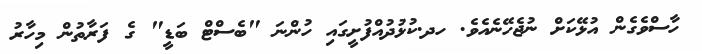
ހާސްވެގެން އުޅޭކަށް ނުޖެހޭނެއެވެ. ހދ.ކުޅުދުއްފުށީގައި ހުންނަ "ބެސްޓް ބަޑީ" ގެ ފަރާތުން މިހާރު